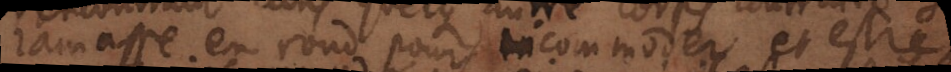
ramasse en rond pour incommoder et estre